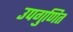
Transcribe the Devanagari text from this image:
उपगुणित